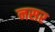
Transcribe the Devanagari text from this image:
नसर